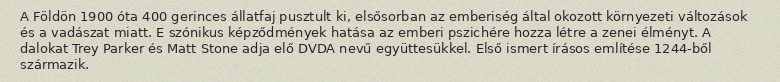
A Földön 1900 óta 400 gerinces állatfaj pusztult ki, elsősorban az emberiség által okozott környezeti változások és a vadászat miatt. E szónikus képződmények hatása az emberi pszichére hozza létre a zenei élményt. A dalokat Trey Parker és Matt Stone adja elő DVDA nevű együttesükkel. Első ismert írásos említése 1244-ből származik.